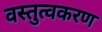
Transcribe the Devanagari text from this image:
वस्तुत्वकरण